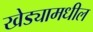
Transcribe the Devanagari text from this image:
खेड्यामधील